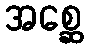
အစ္ဆေ